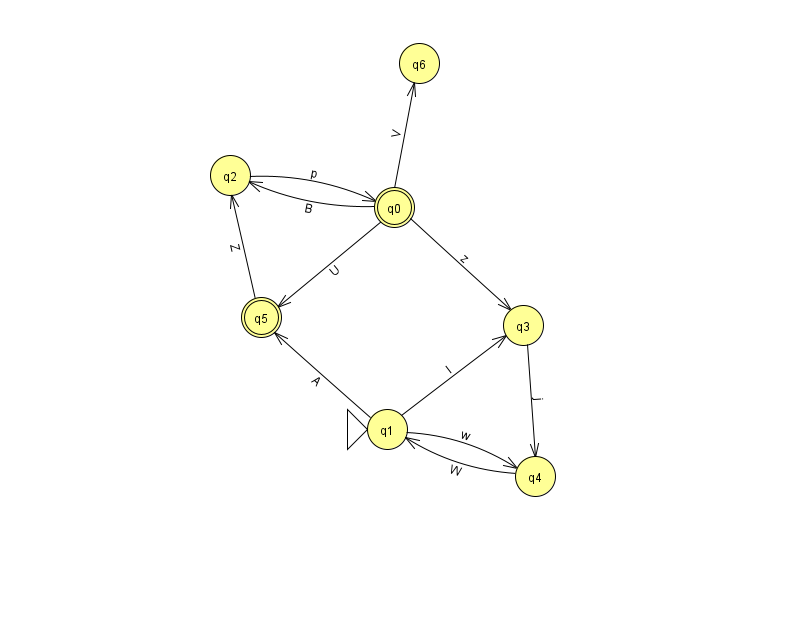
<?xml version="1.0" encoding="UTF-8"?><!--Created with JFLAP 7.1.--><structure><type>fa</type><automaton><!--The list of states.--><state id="0" name="q0"><x>394.0</x><y>194.0</y><final/></state><state id="1" name="q1"><x>387.0</x><y>416.0</y><initial/></state><state id="2" name="q2"><x>230.0</x><y>162.0</y></state><state id="3" name="q3"><x>523.0</x><y>312.0</y></state><state id="4" name="q4"><x>535.0</x><y>463.0</y></state><state id="5" name="q5"><x>261.0</x><y>304.0</y><final/></state><state id="6" name="q6"><x>419.0</x><y>50.0</y></state><!--The list of transitions.--><transition><from>1</from><to>3</to><read>I</read></transition><transition><from>0</from><to>5</to><read>U</read></transition><transition><from>2</from><to>0</to><read>p</read></transition><transition><from>0</from><to>2</to><read>B</read></transition><transition><from>1</from><to>4</to><read>w</read></transition><transition><from>4</from><to>1</to><read>W</read></transition><transition><from>0</from><to>3</to><read>z</read></transition><transition><from>5</from><to>2</to><read>Z</read></transition><transition><from>1</from><to>5</to><read>A</read></transition><transition><from>3</from><to>4</to><read>j</read></transition><transition><from>0</from><to>6</to><read>V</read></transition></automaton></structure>